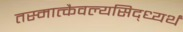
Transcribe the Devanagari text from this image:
तस्मात्कैवल्यसिद्ध्यर्थं